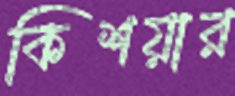
কিশয়ার